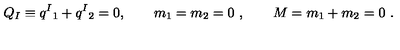
Q _ { I } \equiv q ^ { I } { } _ { 1 } + q ^ { I } { } _ { 2 } = 0 , \qquad m _ { 1 } = m _ { 2 } = 0 \ , \qquad M = m _ { 1 } + m _ { 2 } = 0 \ .